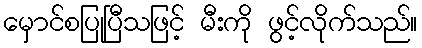
မှောင်စပြုပြီသဖြင့် မီးကို ဖွင့်လိုက်သည်။